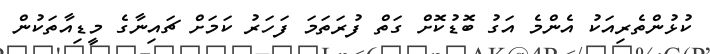
ކުޅުންތެރިއަކު އެންމެ އަގު ބޮޑުކޮށް ގަތް ފުރަތަމަ ފަހަރު ކަމަށް ޗައިނާގެ މީޑިއާތަކުން